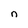
Character: n